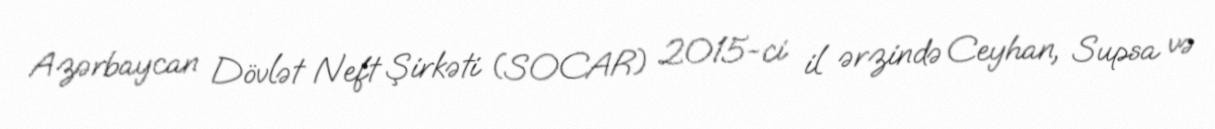
Azərbaycan Dövlət Neft Şirkəti (SOCAR) 2015-ci il ərzində Ceyhan, Supsa və